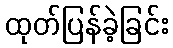
ထုတ်ပြန်ခဲ့ခြင်း